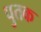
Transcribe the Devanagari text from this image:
पुतक